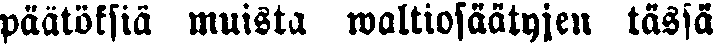
päätöksiä muista waltiosäätyjen tässä